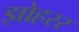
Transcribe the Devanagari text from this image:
झोहरर